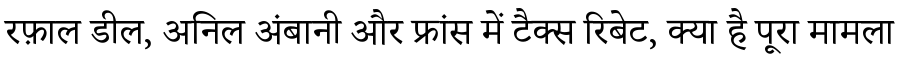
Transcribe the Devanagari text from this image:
रफ़ाल डील, अनिल अंबानी और फ्रांस में टैक्स रिबेट, क्या है पूरा मामला